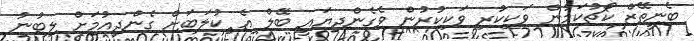
ބެނީތޭޒް ކޯޗުކަމުން ވަކިކުރި ވަކިކުރުން ވެގެންދިޔައީ ބޭލް އެ ކުލަބަށް ގެންދިއުމަށް ލިބުނު